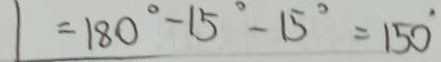
1 = 1 8 0 ^ { \circ } - 1 5 ^ { \circ } - 1 5 ^ { \circ } = 1 5 0 ^ { \circ }